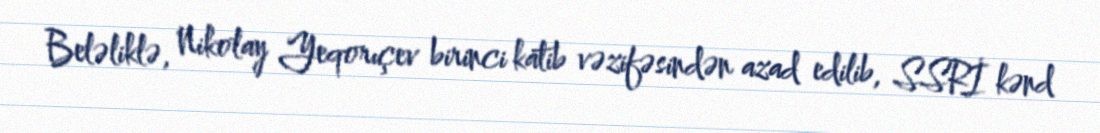
Beləliklə, Nikolay Yeqorıçev birinci katib vəzifəsindən azad edilib, SSRİ kənd